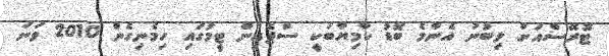
ޓޮރޭސްއަށް ލިބުނު އެންމެ ބޮޑު ކާމިޔާބަކީ ސްޕެއިން ޓީމުގައި ހިމެނިގެން 2010 ވަނަ